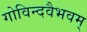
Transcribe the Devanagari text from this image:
गोविन्दवैभवम्